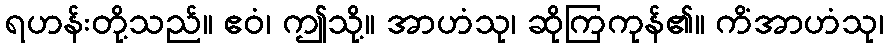
ရဟန်းတို့သည်။ ဧဝံ၊ ဤသို့။ အာဟံသု၊ ဆိုကြကုန်၏။ ကိံအာဟံသု၊